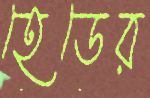
হেডের